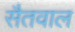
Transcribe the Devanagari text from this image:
सैतवाल